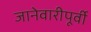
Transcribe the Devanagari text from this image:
जानेवारीपूर्वी